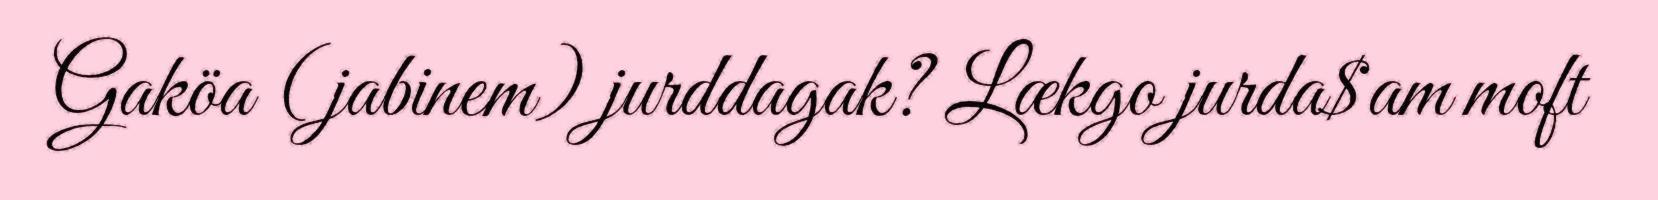
Gaköa (jabinem) jurddagak? Lækgo jurda$am moft